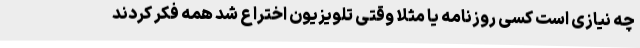
چه نیازی است کسی روزنامه یا مثلا وقتی تلویزیون اختراع شد همه فکر کردند